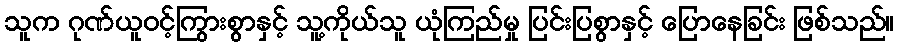
သူက ဂုဏ်ယူဝင့်ကြွားစွာနှင့် သူ့ကိုယ်သူ ယုံကြည်မှု ပြင်းပြစွာနှင့် ပြောနေခြင်း ဖြစ်သည်။